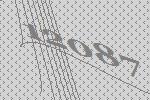
12087